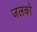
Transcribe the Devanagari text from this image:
जलको